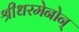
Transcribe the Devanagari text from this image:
श्रीधरमेनोन्